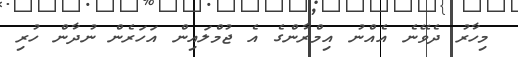
މިހާރު ދެވޭނެ އެއްނު އިމްރާންގެ އެ ޖުމްލައިން އަހަރެން ނުދާން ހުރި